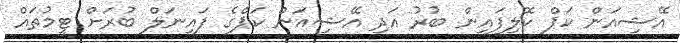
އޭޝިއަން ކަޕް ކޮލިފައިން ބުރު އަދި އޭޝިއަން ކަޕްގެ ފައިނަލް ބުރަށް ޓީމުތައް